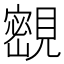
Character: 𡫨